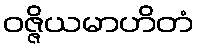
ဝဇ္ဇိယမာဟိတံ